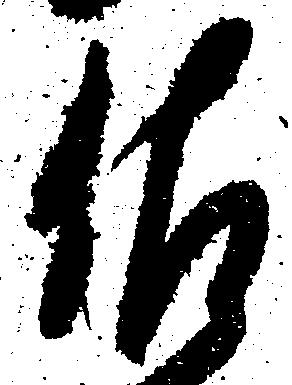
佐